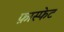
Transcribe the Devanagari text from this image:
फ़ास्फेट